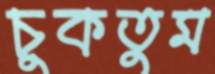
চুকতুম